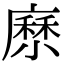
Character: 𡮰